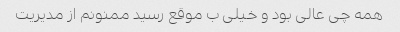
همه چی عالی بود و خیلی ب موقع رسید ممنونم از مدیریت